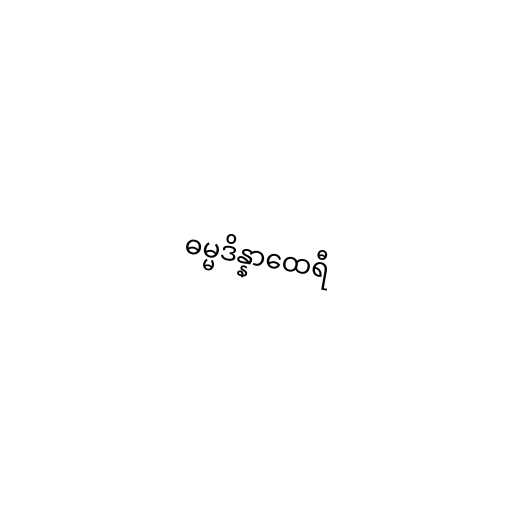
ဓမ္မဒိန္နာထေရီ